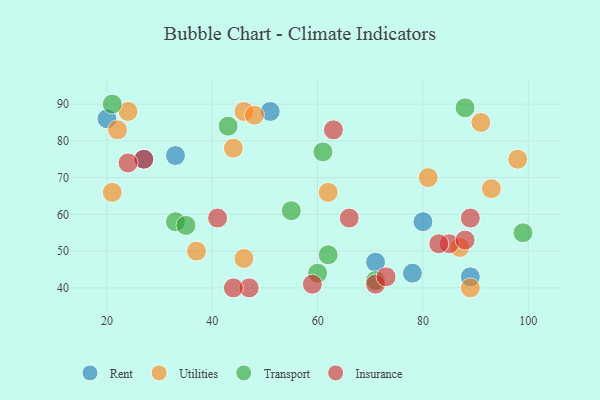
{"axis": {"x": "GDP", "y": "Life Expectancy"}, "legend": ["Insurance", "Rent", "Transport", "Utilities"], "data": [{"x": "80", "y": 58, "type": "Rent"}, {"x": "20", "y": 86, "type": "Rent"}, {"x": "89", "y": 43, "type": "Rent"}, {"x": "71", "y": 47, "type": "Rent"}, {"x": "78", "y": 44, "type": "Rent"}, {"x": "51", "y": 88, "type": "Rent"}, {"x": "33", "y": 76, "type": "Rent"}, {"x": "27", "y": 75, "type": "Rent"}, {"x": "46", "y": 88, "type": "Utilities"}, {"x": "81", "y": 70, "type": "Utilities"}, {"x": "24", "y": 88, "type": "Utilities"}, {"x": "21", "y": 66, "type": "Utilities"}, {"x": "89", "y": 40, "type": "Utilities"}, {"x": "87", "y": 51, "type": "Utilities"}, {"x": "98", "y": 75, "type": "Utilities"}, {"x": "93", "y": 67, "type": "Utilities"}, {"x": "37", "y": 50, "type": "Utilities"}, {"x": "62", "y": 66, "type": "Utilities"}, {"x": "22", "y": 83, "type": "Utilities"}, {"x": "48", "y": 87, "type": "Utilities"}, {"x": "46", "y": 48, "type": "Utilities"}, {"x": "44", "y": 78, "type": "Utilities"}, {"x": "91", "y": 85, "type": "Utilities"}, {"x": "33", "y": 58, "type": "Transport"}, {"x": "43", "y": 84, "type": "Transport"}, {"x": "55", "y": 61, "type": "Transport"}, {"x": "99", "y": 55, "type": "Transport"}, {"x": "88", "y": 89, "type": "Transport"}, {"x": "61", "y": 77, "type": "Transport"}, {"x": "35", "y": 57, "type": "Transport"}, {"x": "60", "y": 44, "type": "Transport"}, {"x": "21", "y": 90, "type": "Transport"}, {"x": "62", "y": 49, "type": "Transport"}, {"x": "71", "y": 42, "type": "Transport"}, {"x": "85", "y": 52, "type": "Insurance"}, {"x": "71", "y": 41, "type": "Insurance"}, {"x": "88", "y": 53, "type": "Insurance"}, {"x": "41", "y": 59, "type": "Insurance"}, {"x": "66", "y": 59, "type": "Insurance"}, {"x": "27", "y": 75, "type": "Insurance"}, {"x": "47", "y": 40, "type": "Insurance"}, {"x": "73", "y": 43, "type": "Insurance"}, {"x": "44", "y": 40, "type": "Insurance"}, {"x": "83", "y": 52, "type": "Insurance"}, {"x": "63", "y": 83, "type": "Insurance"}, {"x": "24", "y": 74, "type": "Insurance"}, {"x": "89", "y": 59, "type": "Insurance"}, {"x": "59", "y": 41, "type": "Insurance"}]}